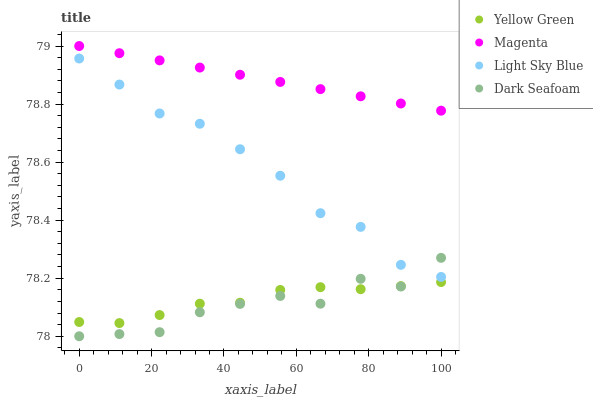
| xaxis_label | Yellow Green | Magenta | Light Sky Blue | Dark Seafoam |
 | --- | --- | --- | --- | --- |
 | 0 | 78 | 79 | 79 | 78 |
 | 11.1 | 78 | 79 | 78.9 | 78 |
 | 22.2 | 78.1 | 79 | 78.8 | 78 |
 | 33.3 | 78.1 | 78.9 | 78.7 | 78.1 |
 | 44.4 | 78.1 | 78.9 | 78.6 | 78.1 |
 | 55.6 | 78.2 | 78.9 | 78.6 | 78.1 |
 | 66.7 | 78.2 | 78.9 | 78.4 | 78.1 |
 | 77.8 | 78.2 | 78.8 | 78.4 | 78.2 |
 | 88.9 | 78.2 | 78.8 | 78.2 | 78.2 |
 | 100 | 78.2 | 78.8 | 78.2 | 78.3 |